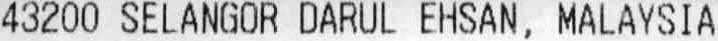
43200 SELANGOR DARUL EHSAN, MALAYSIA